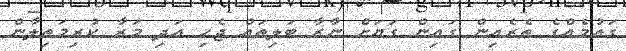
ގައުމެއްގެ ތެރެއިން ގައިން ގަޔަށް ނާރާ ބަލިތައް ޖެހި އަދި މަރާ ކުރިމަތިލާން